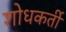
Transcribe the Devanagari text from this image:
शोधकर्ती